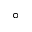
^ { \circ }